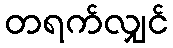
တရက်လျှင်